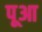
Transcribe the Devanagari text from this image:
पूआ